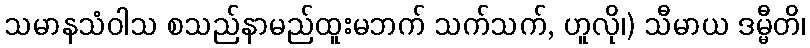
သမာနသံဝါသ စသည်နာမည်ထူးမဘက် သက်သက်, ဟူလို၊) သီမာယ ဒမ္မီတိ၊